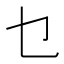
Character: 乜